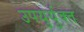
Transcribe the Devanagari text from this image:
उपयुर्युक्त